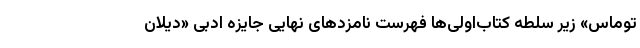
توماس» زیر سلطه کتاب‌اولی‌ها فهرست نامزدهای نهایی جایزه ادبی «دیلان